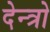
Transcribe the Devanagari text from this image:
देन्त्रो